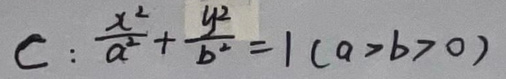
$C:\frac{x^{2}}{a^{2}}+\frac{y^{2}}{b^{2}} = 1(a > b > 0)$